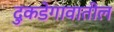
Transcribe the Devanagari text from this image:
दुकडेगावातील